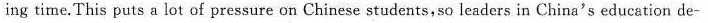
ing time.This puts a lot of pressure on Chinese students,so leaders in China's education de-